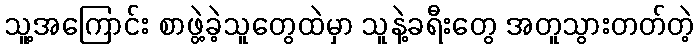
သူ့အကြောင်း စာဖွဲ့ခဲ့သူတွေထဲမှာ သူနဲ့ခရီးတွေ အတူသွားတတ်တဲ့